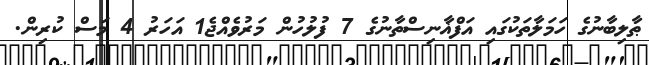
ޠާލިބާނުގެ ހަމަލާތަކުގައި އަފްޣާނިސްތާނުގެ 7 ފުލުހުން މަރުވެއްޖެ1 އަހަރު 4 މަސް ކުރިން.